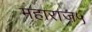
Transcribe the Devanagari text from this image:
महाराज५